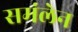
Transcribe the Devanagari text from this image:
समंलेन